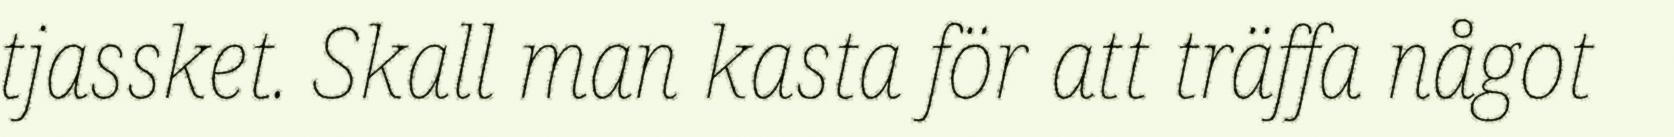
tjassket. Skall man kasta för att träffa något